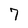
Character: 7